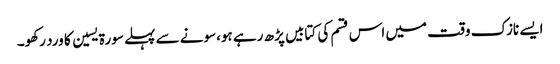
ایسے نازک وقت میں اس قسم کی کتابیں پڑھ رہے ہو،سونے سے پہلے سورة یسین کا ورد رکھو۔